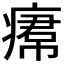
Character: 𤸷